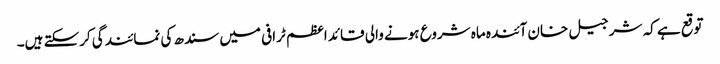
توقع ہے کہ شر جیل خان آئندہ ماہ شروع ہونے والی قائد اعظم ٹرافی میں سندھ کی نمائندگی کرسکتے ہیں۔